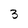
Character: 3